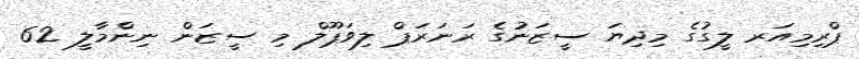
ޕްރިމިއަރ ލީގުގެ މިދިޔަ ސީޒަނުގެ ރަނަރަޕް ލިވަޕޫލް މި ސީޒަން ނިންމާލީ 62